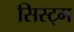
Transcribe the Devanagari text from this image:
सिस्ट्म